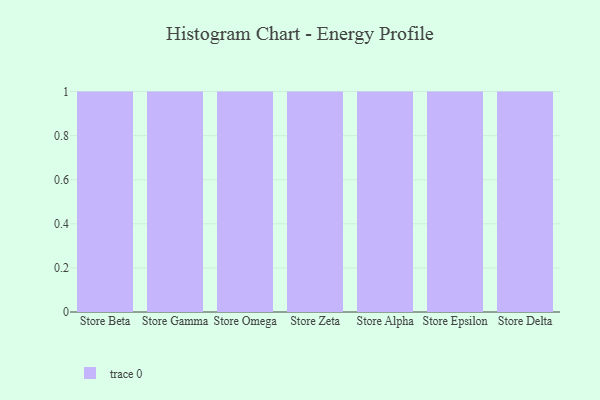
{"axis": {"x": "Store", "y": "Tickets Resolved"}, "legend": [""], "data": [{"x": "Store Beta", "y": 49, "type": ""}, {"x": "Store Gamma", "y": 8, "type": ""}, {"x": "Store Omega", "y": 86, "type": ""}, {"x": "Store Zeta", "y": 40, "type": ""}, {"x": "Store Alpha", "y": 64, "type": ""}, {"x": "Store Epsilon", "y": 32, "type": ""}, {"x": "Store Delta", "y": 3, "type": ""}]}